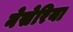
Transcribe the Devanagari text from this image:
नेसेरिया